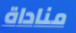
مناداة